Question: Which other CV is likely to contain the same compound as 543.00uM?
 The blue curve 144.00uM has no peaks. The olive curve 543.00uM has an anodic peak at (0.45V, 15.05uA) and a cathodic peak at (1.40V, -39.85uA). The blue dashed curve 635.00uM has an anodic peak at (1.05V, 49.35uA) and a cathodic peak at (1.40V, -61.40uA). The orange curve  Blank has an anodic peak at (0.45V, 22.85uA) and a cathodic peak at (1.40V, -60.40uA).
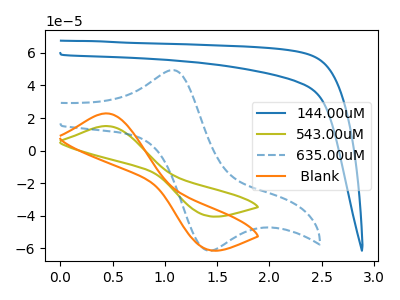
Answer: <think>"144.00uM" and "543.00uM" have a different number of peaks. "144.00uM" and "635.00uM" have a different number of peaks. "144.00uM" and " Blank" have a different number of peaks. "543.00uM" and "635.00uM" have at least one peak that do not match. All the peaks in "543.00uM" have a peak in " Blank" at the same potential. Every peak in "543.00uM" is lower than every peak in " Blank". "635.00uM" and " Blank" have at least one peak that do not match.
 </think>
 <answer>The CV with the most similar shape to " Blank" is "543.00uM".</answer>
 <eval>"543.00uM"</eval>